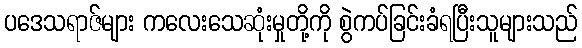
ပဒေသရာဇ်များ ကလေးသေဆုံးမှုတို့ကို စွဲကပ်ခြင်းခံရပြီးသူများသည်